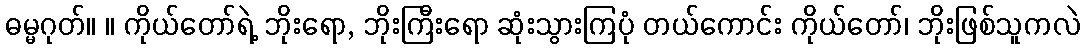
ဓမ္မဂုတ်။ ။ ကိုယ်တော်ရဲ့ ဘိုးရော, ဘိုးကြီးရော ဆုံးသွားကြပုံ တယ်ကောင်း ကိုယ်တော်၊ ဘိုးဖြစ်သူကလဲ